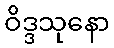
ဝိဒ္ဒသုနော